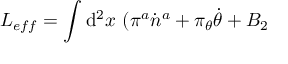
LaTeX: L _ { e f f } = \int \mathrm { d } ^ { 2 } x ~ ( \pi ^ { a } \dot { n } ^ { a } + \pi _ { \theta } \dot { \theta } + B _ { 2 }